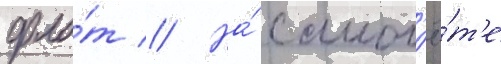
фло́т // На́ самол'ё́т'е